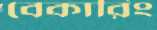
বেকারিং